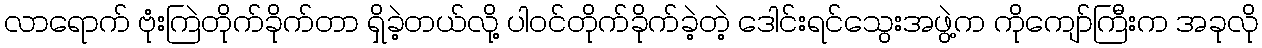
လာရောက် ဗုံးကြဲတိုက်ခိုက်တာ ရှိခဲ့တယ်လို့ ပါဝင်တိုက်ခိုက်ခဲ့တဲ့ ဒေါင်းရင်သွေးအဖွဲ့က ကိုကျော်ကြီးက အခုလို